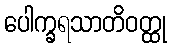
ပေါက္ခရသာတိဝတ္ထု